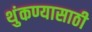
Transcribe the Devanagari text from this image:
थुंकण्यासाठी